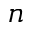
n